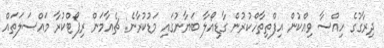
ދިރާގުގެ ހިއްސާ ވިއްކުން އިފްތިތާހްކުރުން ގާޑިއޯލާ ބަޔާނުގައި މަޑުކުރާނެ: ޗެއާމަން ރިޕޯޓްކުރާ މައްސަލަތައް